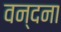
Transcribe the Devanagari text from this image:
वन्‍दना